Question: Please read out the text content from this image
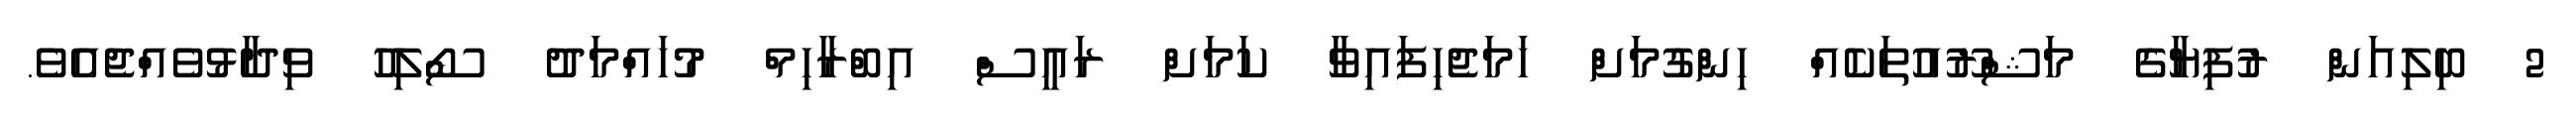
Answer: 2 ބިލިއަން ރުފިޔާގެ މަޝްރޫއުތަކެއް ހިންގުމަށް ހަމަޖެހިފައިވާ ކަމަށް ރައީސް އިބްރާހިމް މުހައްމަދު ސޯލިހު ވިދާޅުވެއްޖެއެވެ.